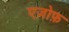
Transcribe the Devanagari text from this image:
एज़ोफ़